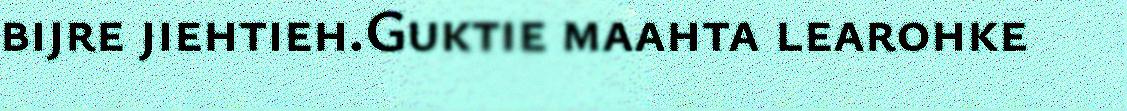
bijre jiehtieh.Guktie maahta learohke